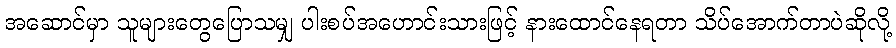
အဆောင်မှာ သူများတွေပြောသမျှ ပါးစပ်အဟောင်းသားဖြင့် နားထောင်နေရတာ သိပ်အောက်တာပဲဆိုလို့